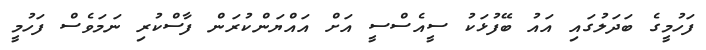
ފަހުމީގެ ބަދަލުގައި އައު ބޭފުޅަކު ސީއެސްސީ އަށް އައްޔަންކުރަން ފާސްކުރި ނަމަވެސް ފަހުމީ